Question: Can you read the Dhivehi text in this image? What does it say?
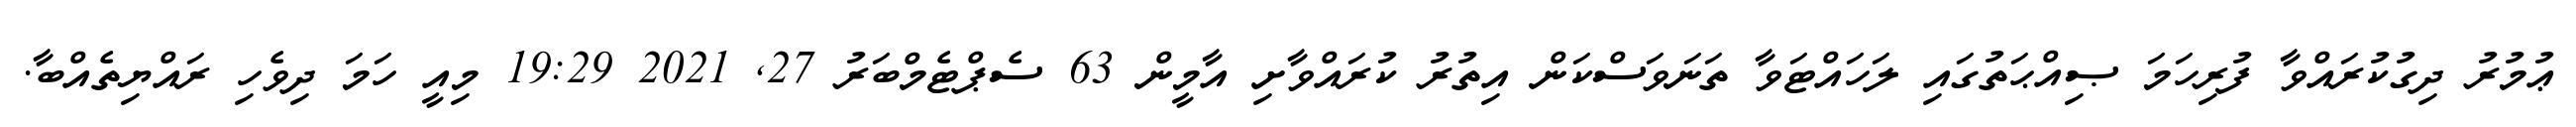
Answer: ޢުމުރު ދިގުކުރައްވާ ފުރިހަމަ ޞިއްޙަތުގައި ލަހައްޓަވާ ތަނަވަސްކަން އިތުރު ކުރައްވާށި އާމީން 63 ސެޕްޓެމްބަރު 27, 2021 19:29 މިއީ ހަމަ ދިވެހި ރައްޔިތެއްބާ.